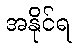
အနိုင်ရ